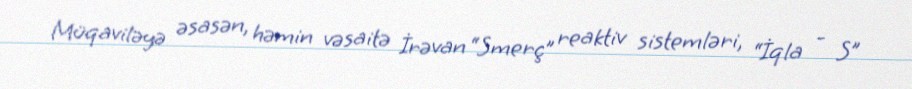
Müqaviləyə əsasən, həmin vəsaitə İrəvan “Smerç” reaktiv sistemləri, “İqla - S”